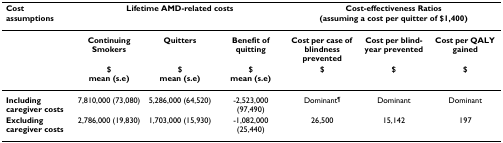
| Cost assumptions | <COLSPAN=3> Lifetime AMD-related costs | <COLSPAN=3> Cost-effectiveness Ratios (assuming a cost per quitter of $1,400) |
 | --- | --- | --- | --- | --- | --- | --- |
 |  | Continuing Smokers | Quitters | Benefit of quitting | Cost per case of blindness prevented | Cost per blind-year prevented | Cost per QALY gained |
 |  | $ mean (s.e) | $mean (s.e) | $mean (s.e) | $ | $ | $ |
 | Including caregiver costs | 7,810,000 (73,080) | 5,286,000 (64,520) | -2,523,000 (97,490) | Dominant¶ | Dominant | Dominant |
 | Excluding caregiver costs | 2,786,000 (19,830) | 1,703,000 (15,930) | -1,082,000 (25,440) | 26,500 | 15,142 | 197 |